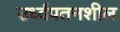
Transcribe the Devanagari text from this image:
उर्ध्वपतनशील